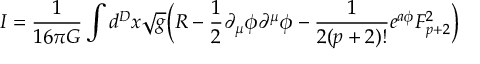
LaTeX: I = \frac { 1 } { 1 6 \pi G } \int d ^ { D } x \sqrt { g } \Big ( R - \frac { 1 } { 2 } \partial _ { \mu } \phi \partial ^ { \mu } \phi - \frac { 1 } { 2 ( p + 2 ) ! } e ^ { a \phi } F _ { p + 2 } ^ { 2 } \Big )